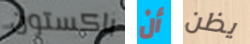
باكستون أن يظن